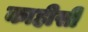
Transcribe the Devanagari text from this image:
काहीसी